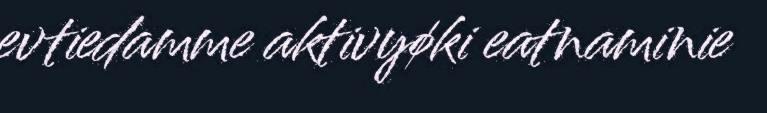
evtiedamme aktivyøki eatnaminie